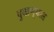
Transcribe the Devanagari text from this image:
दुखण्यास